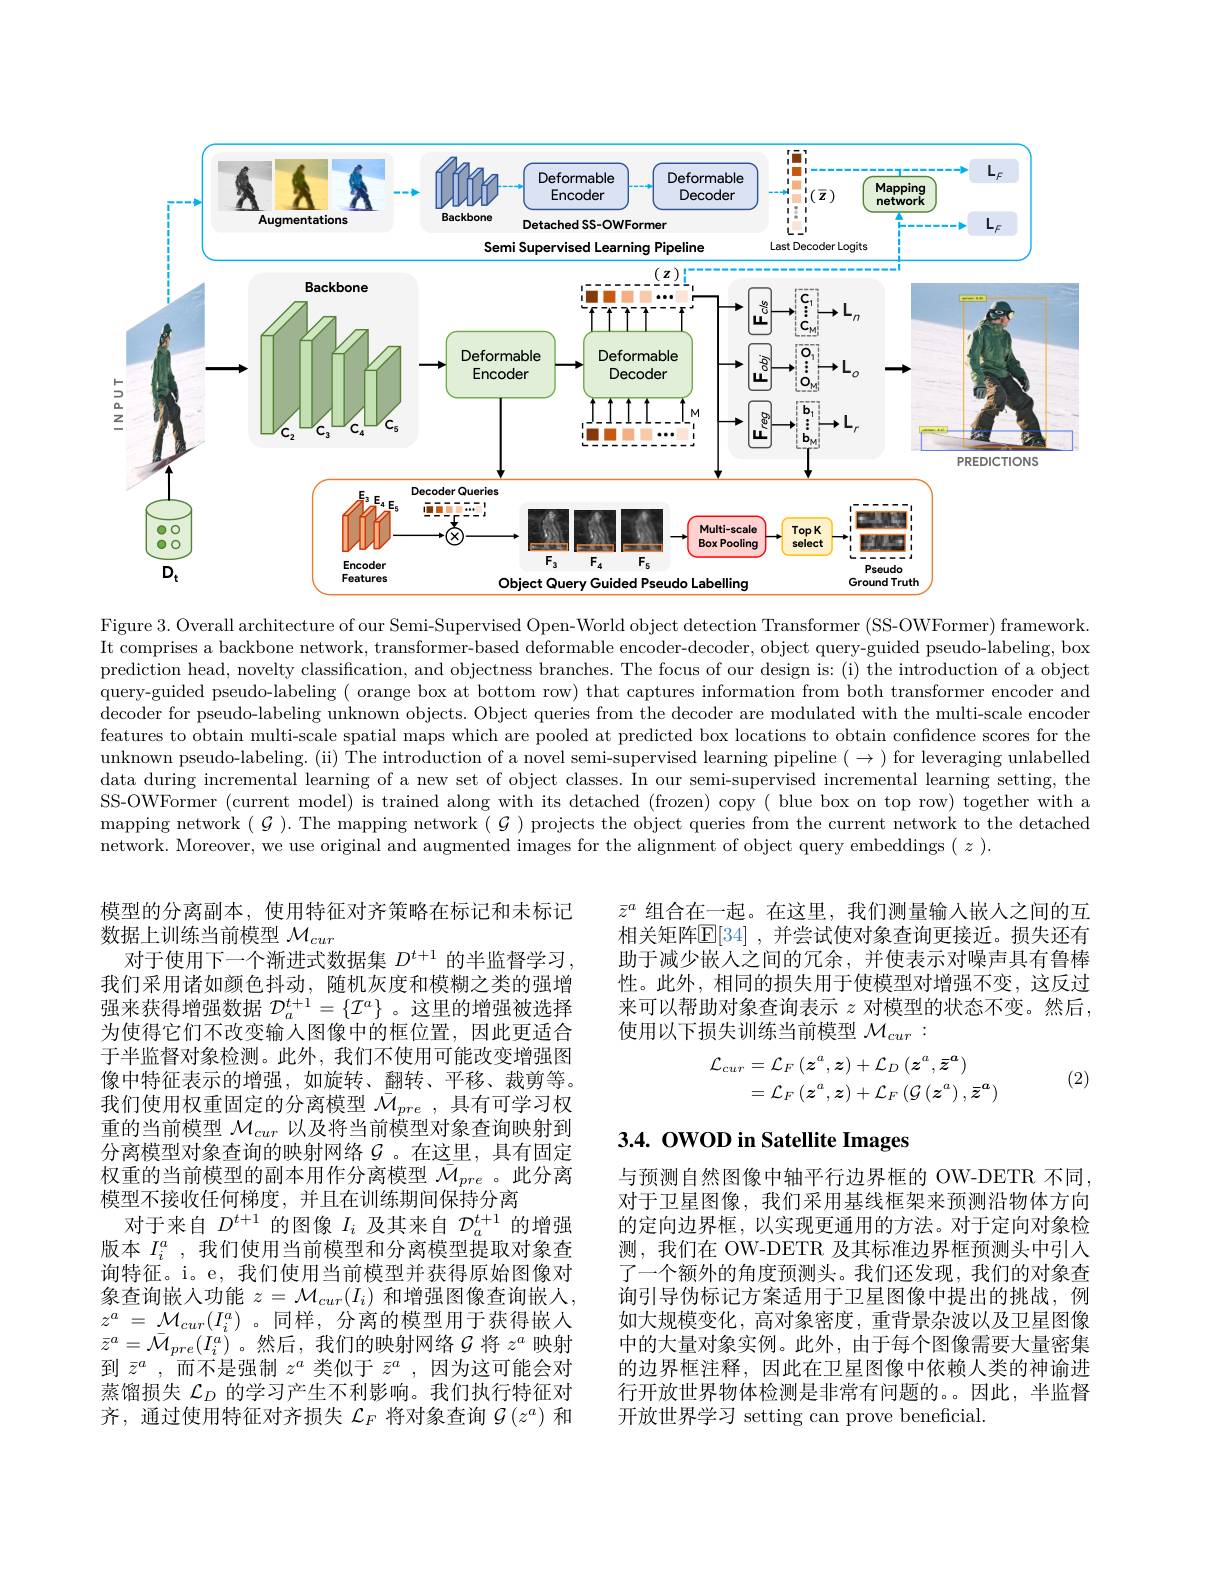
<FigureHere>

Figure 3. Overall architecture of our Semi-Supervised Open-World object detection Transformer (SS-OWFormer) framework. It comprises a backbone network, transformer-based deformable encoder-decoder, object query-guided pseudo-labeling, box prediction head, novelty classification, and objectness branches. The focus of our design is: (i) the introduction of a object query-guided pseudo-labeling ( orange box at bottom row) that captures information from both transformer encoder and decoder for pseudo-labeling unknown objects. Object queries from the decoder are modulated with the multi-scale encoder features to obtain multi-scale spatial maps which are pooled at predicted box locations to obtain confidence scores for the unknown pseudo-labeling. (ii) The introduction of a novel semi-supervised learning pipeline $(\to)$ for leveraging unlabelled data during incremental learning of a new set of object classes. In our semi-supervised incremental learning setting, the SS-OWFormer (current model) is trained along with its detached (frozen) copy( blue box on top row) together with a mapping network $(\mathcal{G}).$ The mapping network $(\mathcal{G})$ projects the object queries from the current network to the detached network. Moreover, we use original and augmented images for the alignment of object query embeddings $(z).$

$\bar{z}^a$组合在一起。在这里，我们测量输入嵌人之间的互相关矩阵$\mathbb{E}[34]$ ,并尝试使对象查询更接近。损失还有助于减少嵌人之间的冗余，并使表示对噪声具有鲁棒性。此外，相同的损失用于使模型对增强不变，这反过来可以帮助对象查询表示$z$对模型的状态不变。然后， 使用以下损失训练当前模型$\mathcal{M}_{cur}:$
$$\begin{aligned}\mathcal{L}_{cur}&=\mathcal{L}_{F}\left(\boldsymbol{z}^{a},\boldsymbol{z}\right)+\mathcal{L}_{D}\left(\boldsymbol{z}^{a},\bar{\boldsymbol{z}}^{\boldsymbol{a}}\right)\\&=\mathcal{L}_{F}\left(\boldsymbol{z}^{a},\boldsymbol{z}\right)+\mathcal{L}_{F}\left(\mathcal{G}\left(\boldsymbol{z}^{a}\right),\bar{\boldsymbol{z}}^{\boldsymbol{a}}\right)\end{aligned}$$
(2)

# 3.4. OWOD in Satellite Images

模型的分离副本，使用特征对齐策略在标记和未标记
数据上训练当前模型$\mathcal{M}_{cur}$
对于使用下一个渐进式数据集$D^t+1$的半监督学习， 我们采用诸如颜色抖动，随机灰度和模糊之类的强增强来获得增强数据$\mathcal{D}_a^{t+1}=\{\mathcal{I}^a\}$ 。这里的增强被选择为使得它们不改变输入图像中的框位置，因此更适合于半监督对象检测。此外，我们不使用可能改变增强图像中特征表示的增强，如旋转、翻转、平移、裁剪等。我们使用权重固定的分离模型$\bar{\mathcal{M}}_{pre}$ ,具有可学习权重的当前模型$\mathcal{M}_cur$以及将当前模型对象查询映射到分离模型对象查询的映射网络$G$ 。在这里，具有固定权重的当前模型的副本用作分离模型$\bar{\mathcal{M}}_{pre}$ 。此分离模型不接收任何梯度，并且在训练期间保持分离
对于来自$D^t+1$的图像$I_i$及其来自$\mathcal{D}_a^t+1$的增强版本$I_i^a$ ,我们使用当前模型和分离模型提取对象查询特征。i。e, 我们使用当前模型并获得原始图像对象查询嵌入功能 $z=\mathcal{M}_cur(I_i)$ 和增强图像查询嵌人， $z^a$ = $\mathcal{M} _{cur}( I_i^a)$ 。同样，分离的模型用于获得嵌人$\bar{z}^a=\bar{\mathcal{M}}_{pre}(\dot{I}_i^a)$。然后，我们的映射网络$\mathcal{G}$将$z^a$映射到$\bar{z}^a$,而不是强制$z^a$类似于$\bar{z}^a$,因为这可能会对蒸馏损失$\mathcal{L}_D$的学习产生不利影响。我们执行特征对齐，通过使用特征对齐损失$\mathcal{L}_F$将对象查询$\mathcal{G}\left(z^a\right)$和

与预测自然图像中轴平行边界框的 OW-DETR 不同， 对于卫星图像，我们采用基线框架来预测沿物体方向的定向边界框，以实现更通用的方法。对于定向对象检测，我们在 OW-DETR 及其标准边界框预测头中引人了一个额外的角度预测头。我们还发现，我们的对象查询引导伪标记方案适用于卫星图像中提出的挑战，例如大规模变化，高对象密度，重背景杂波以及卫星图像中的大量对象实例。此外，由于每个图像需要大量密集的边界框注释，因此在卫星图像中依赖人类的神谕进行开放世界物体检测是非常有问题的。因此，半监督开放世界学习 setting can prove beneficial.